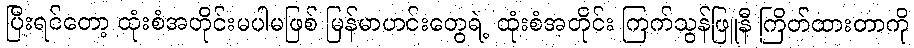
ပြီးရင်တော့ ထုံးစံအတိုင်းမပါမဖြစ် မြန်မာဟင်းတွေရဲ့ ထုံးစံအတိုင်း ကြက်သွန်ဖြူနီ ကြိတ်ထားတာကို